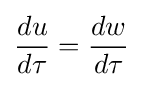
{\frac {du}{d\tau }}={\frac {dw}{d\tau }}